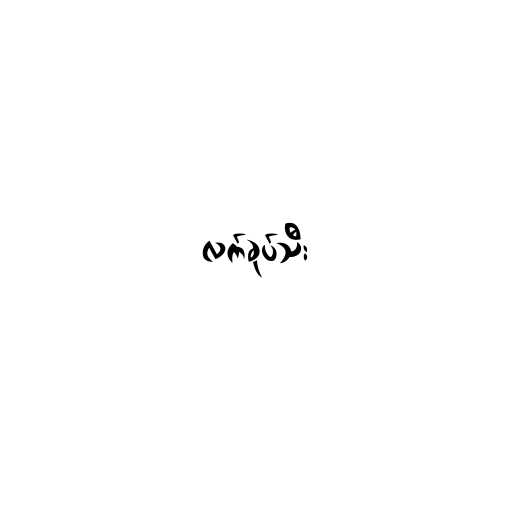
လက်ခုပ်သီး